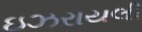
ઇઝરાયલી